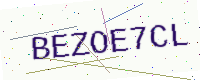
Text: BEZOE7CL